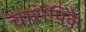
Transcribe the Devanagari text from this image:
चारापिके